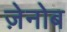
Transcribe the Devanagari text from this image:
ज़ेनोब